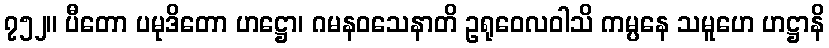
၇၅၂။ ပီတော ပမုဒိတော ဟဋ္ဌော၊ ဂမနဝသေနာတိ ဥရုဝေလဝါသိ ကမ္ပနေ သမူဟေ ဟဋ္ဌာနိ